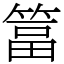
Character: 䈏